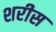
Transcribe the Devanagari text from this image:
शरीस